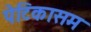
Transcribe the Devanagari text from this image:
पेटिकासम